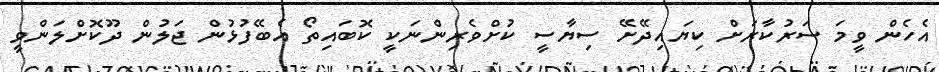
އެހެން ވީމަ ސަރުކާރަށް ކިޔައިދޭށޭ ސިޔާސީ ކުށްވެރިންނަކީ ކޮބައިތޯ އެބޭފުޅުން ޖަލުން ދޫކޮށްލަންވީ